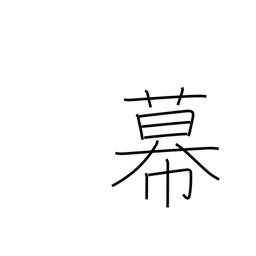
Meaning: bunting